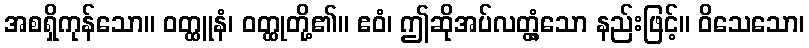
အစရှိကုန်သော။ ဝတ္ထူနံ၊ ဝတ္ထုတို့၏။ ဧဝံ၊ ဤဆိုအပ်လတ္တံ့သော နည်းဖြင့်။ ဝိသေသော၊